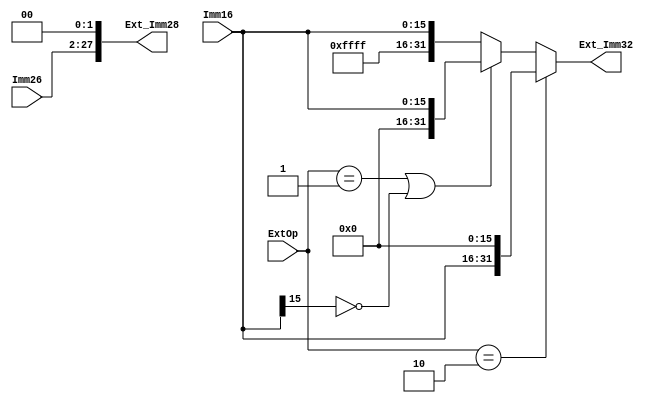
`timescale 1ns / 1ps

module ext(
	Imm16,Imm26,ExtOp,Ext_Imm32,Ext_Imm28
    );
	input [15:0] Imm16;
	input [25:0] Imm26;
	input [1:0] ExtOp;
	output [31:0] Ext_Imm32;
	output [27:0] Ext_Imm28;

	assign Ext_Imm28 = {Imm26,2'b0};
	assign Ext_Imm32 = (ExtOp == 2'b10)?{Imm16,16'b0}:
					   (ExtOp == 2'b01 || Imm16[15]==0)?{16'b0,Imm16}:
					   	{16'hffff,Imm16};
endmodule